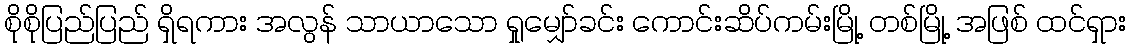
စိုစိုပြည်ပြည် ရှိရကား အလွန် သာယာသော ရှုမျှော်ခင်း ကောင်းဆိပ်ကမ်းမြို့ တစ်မြို့ အဖြစ် ထင်ရှား